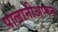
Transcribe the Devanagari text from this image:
पालानीअप्पन